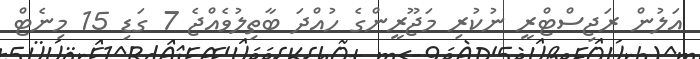
އަލުން ރަޖިސްޓްރީ ނުކުރި މަޖޫރީންގެ ހުއްދަ ބާތިލުވެއްޖެ 7 ގަޑި 15 މިނެޓް